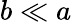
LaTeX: b\ll a